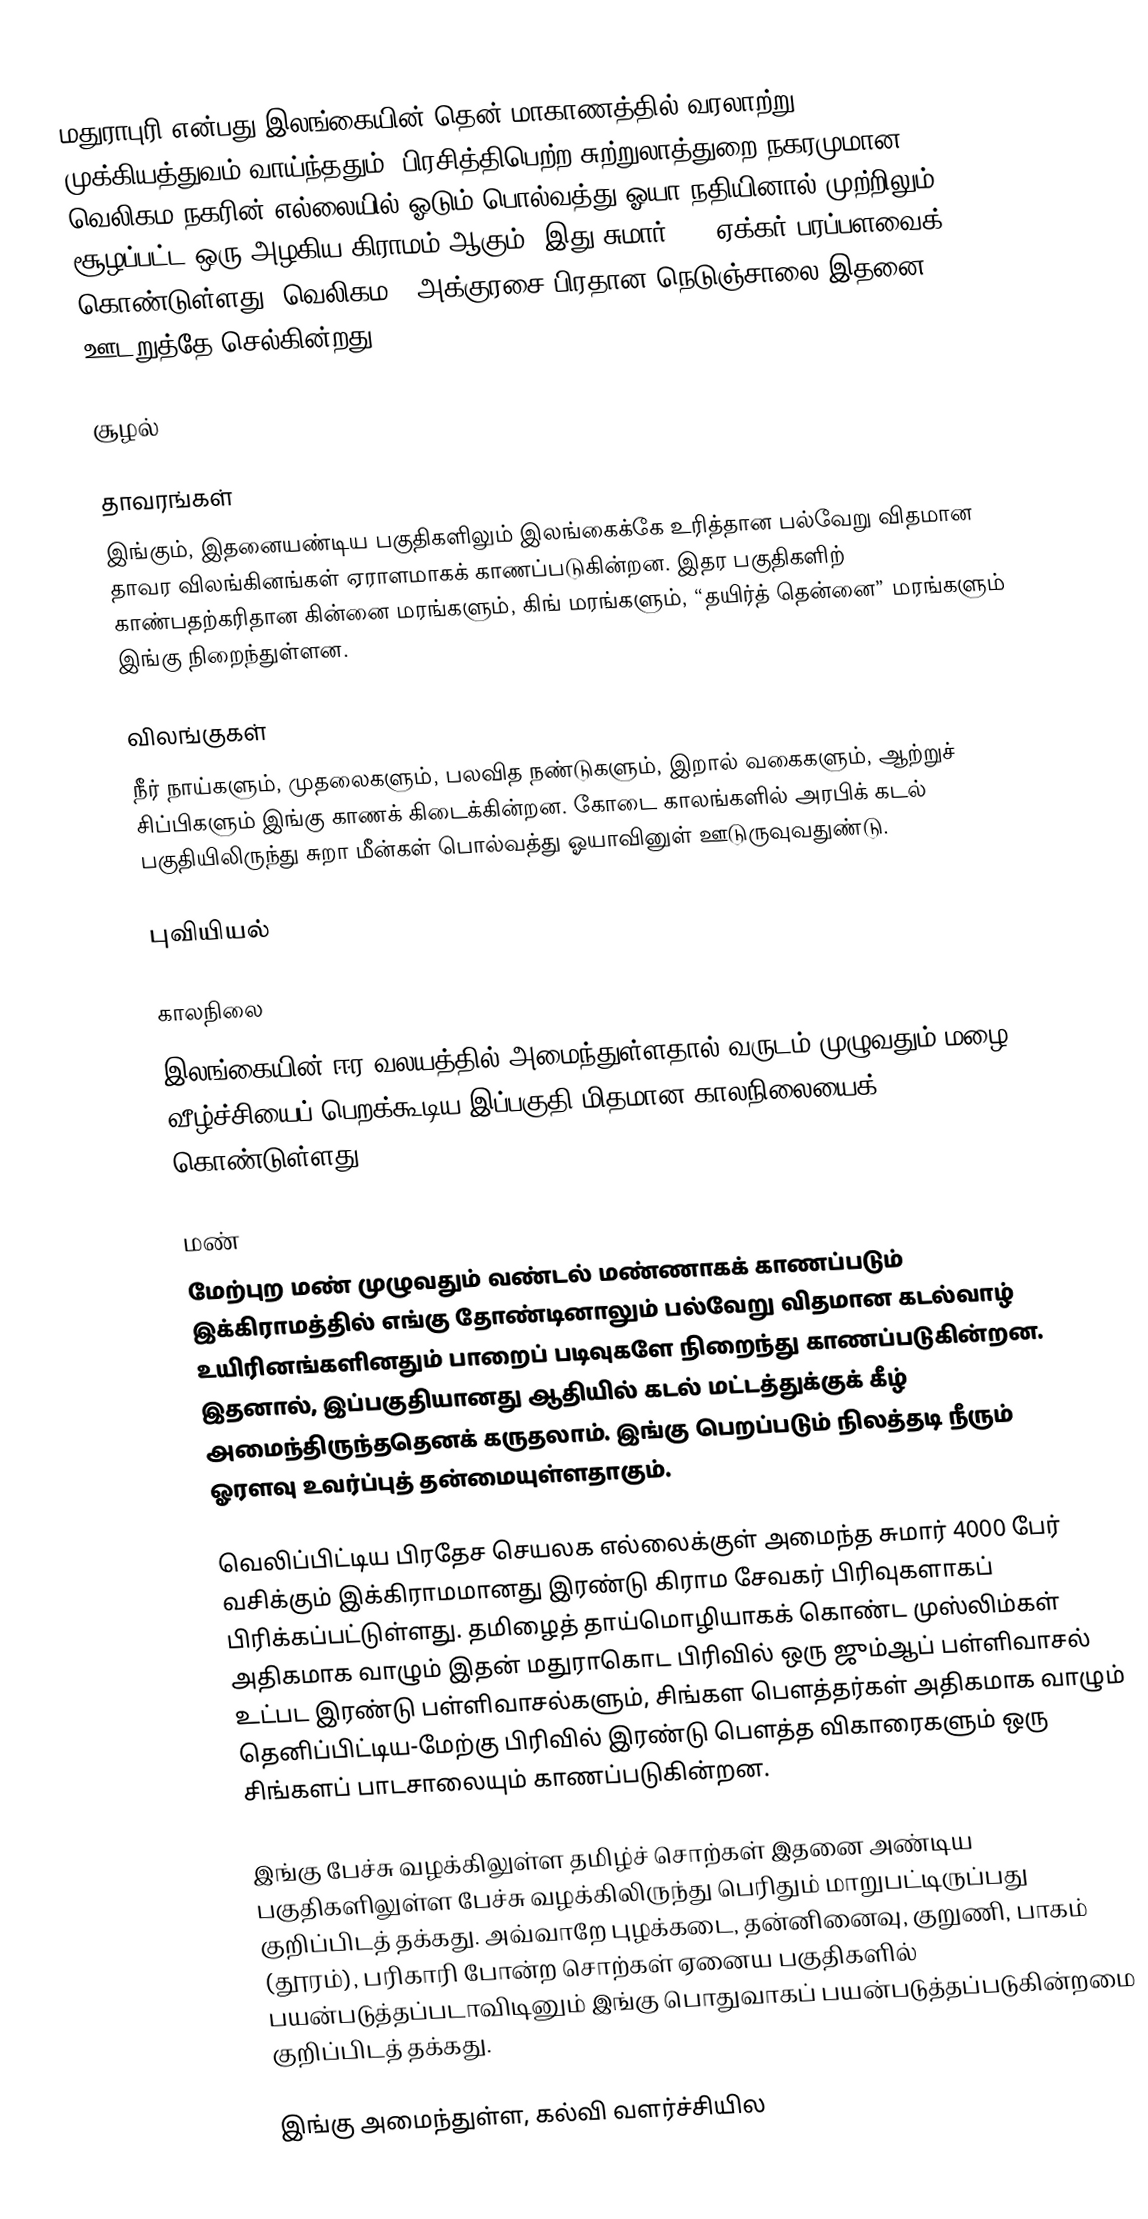
மதுராபுரி என்பது இலங்கையின் தென் மாகாணத்தில் வரலாற்று முக்கியத்துவம் வாய்ந்ததும், பிரசித்திபெற்ற சுற்றுலாத்துறை நகரமுமான வெலிகம நகரின் எல்லையில் ஓடும் பொல்வத்து ஓயா நதியினால் முற்றிலும் சூழப்பட்ட ஒரு அழகிய கிராமம் ஆகும். இது சுமார் 400 ஏக்கர் பரப்பளவைக் கொண்டுள்ளது. வெலிகம – அக்குரசை பிரதான நெடுஞ்சாலை இதனை ஊடறுத்தே செல்கின்றது.

சூழல்

தாவரங்கள்
இங்கும், இதனையண்டிய பகுதிகளிலும் இலங்கைக்கே உரித்தான பல்வேறு விதமான தாவர விலங்கினங்கள் ஏராளமாகக் காணப்படுகின்றன. இதர பகுதிகளிற் காண்பதற்கரிதான கின்னை மரங்களும், கிங் மரங்களும், “தயிர்த் தென்னை” மரங்களும் இங்கு நிறைந்துள்ளன.

விலங்குகள்
நீர் நாய்களும், முதலைகளும், பலவித நண்டுகளும், இறால் வகைகளும், ஆற்றுச் சிப்பிகளும் இங்கு காணக் கிடைக்கின்றன. கோடை காலங்களில் அரபிக் கடல் பகுதியிலிருந்து சுறா மீன்கள் பொல்வத்து ஓயாவினுள் ஊடுருவுவதுண்டு.

புவியியல்

காலநிலை
இலங்கையின் ஈர வலயத்தில் அமைந்துள்ளதால் வருடம் முழுவதும் மழை வீழ்ச்சியைப் பெறக்கூடிய இப்பகுதி மிதமான காலநிலையைக் கொண்டுள்ளது.

மண்
மேற்புற மண் முழுவதும் வண்டல் மண்ணாகக் காணப்படும் இக்கிராமத்தில் எங்கு தோண்டினாலும் பல்வேறு விதமான கடல்வாழ் உயிரினங்களினதும் பாறைப் படிவுகளே நிறைந்து காணப்படுகின்றன. இதனால், இப்பகுதியானது ஆதியில் கடல் மட்டத்துக்குக் கீழ் அமைந்திருந்ததெனக் கருதலாம். இங்கு பெறப்படும் நிலத்தடி நீரும் ஓரளவு உவர்ப்புத் தன்மையுள்ளதாகும்.

வெலிப்பிட்டிய பிரதேச செயலக எல்லைக்குள் அமைந்த சுமார் 4000 பேர் வசிக்கும் இக்கிராமமானது இரண்டு கிராம சேவகர் பிரிவுகளாகப் பிரிக்கப்பட்டுள்ளது. தமிழைத் தாய்மொழியாகக் கொண்ட முஸ்லிம்கள் அதிகமாக வாழும் இதன் மதுராகொட பிரிவில் ஒரு ஜும்ஆப் பள்ளிவாசல் உட்பட இரண்டு பள்ளிவாசல்களும், சிங்கள பௌத்தர்கள் அதிகமாக வாழும் தெனிப்பிட்டிய-மேற்கு பிரிவில் இரண்டு பௌத்த விகாரைகளும் ஒரு சிங்களப் பாடசாலையும் காணப்படுகின்றன.

இங்கு பேச்சு வழக்கிலுள்ள தமிழ்ச் சொற்கள் இதனை அண்டிய பகுதிகளிலுள்ள பேச்சு வழக்கிலிருந்து பெரிதும் மாறுபட்டிருப்பது குறிப்பிடத் தக்கது. அவ்வாறே புழக்கடை, தன்னினைவு, குறுணி, பாகம் (தூரம்), பரிகாரி போன்ற சொற்கள் ஏனைய பகுதிகளில் பயன்படுத்தப்படாவிடினும் இங்கு பொதுவாகப் பயன்படுத்தப்படுகின்றமை குறிப்பிடத் தக்கது.

இங்கு அமைந்துள்ள, கல்வி வளர்ச்சியில